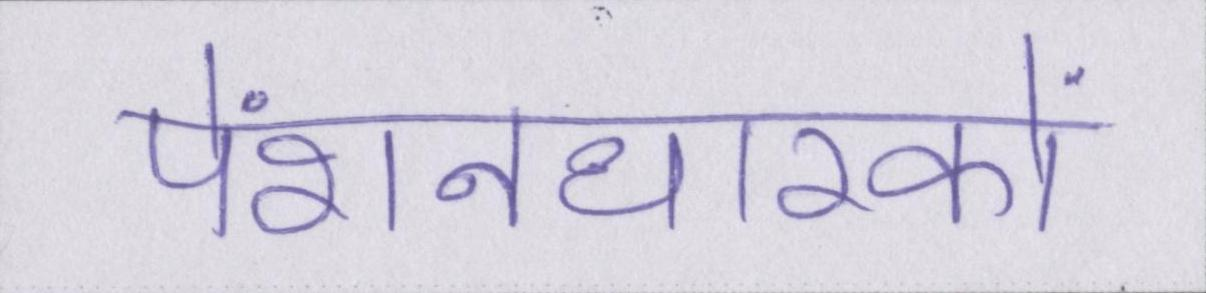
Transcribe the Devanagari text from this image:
पेंशनधारकों